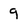
Character: 9